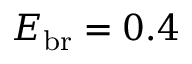
E _ { \mathrm { b r } } = 0 . 4